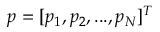
p = [ { p } _ { 1 } , { p } _ { 2 } , . . . , { p } _ { N } ] ^ { T }